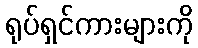
ရုပ်ရှင်ကားများကို